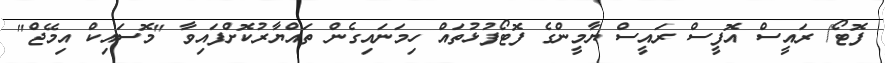
ފޮޓޯ/ ރައީސް އޮފީސް ރައީސް ޔާމީންގެ ފޮޓޯފުޅުތައް ހިމަނައިގެން ތައްޔާރުކޮށްފައިވާ "މޮސައިކް އިމޭޖް"